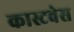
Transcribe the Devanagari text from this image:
कास्टवेस